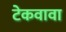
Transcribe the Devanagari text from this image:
टेकवावा